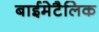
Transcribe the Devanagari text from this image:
बाईमेटैलिक